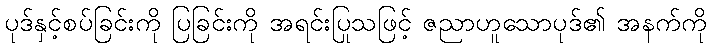
ပုဒ်နှင့်စပ်ခြင်းကို ပြခြင်းကို အရင်းပြုသဖြင့် ဇညာဟူသောပုဒ်၏ အနက်ကို